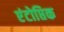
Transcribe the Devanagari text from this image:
एंटोप्तिक